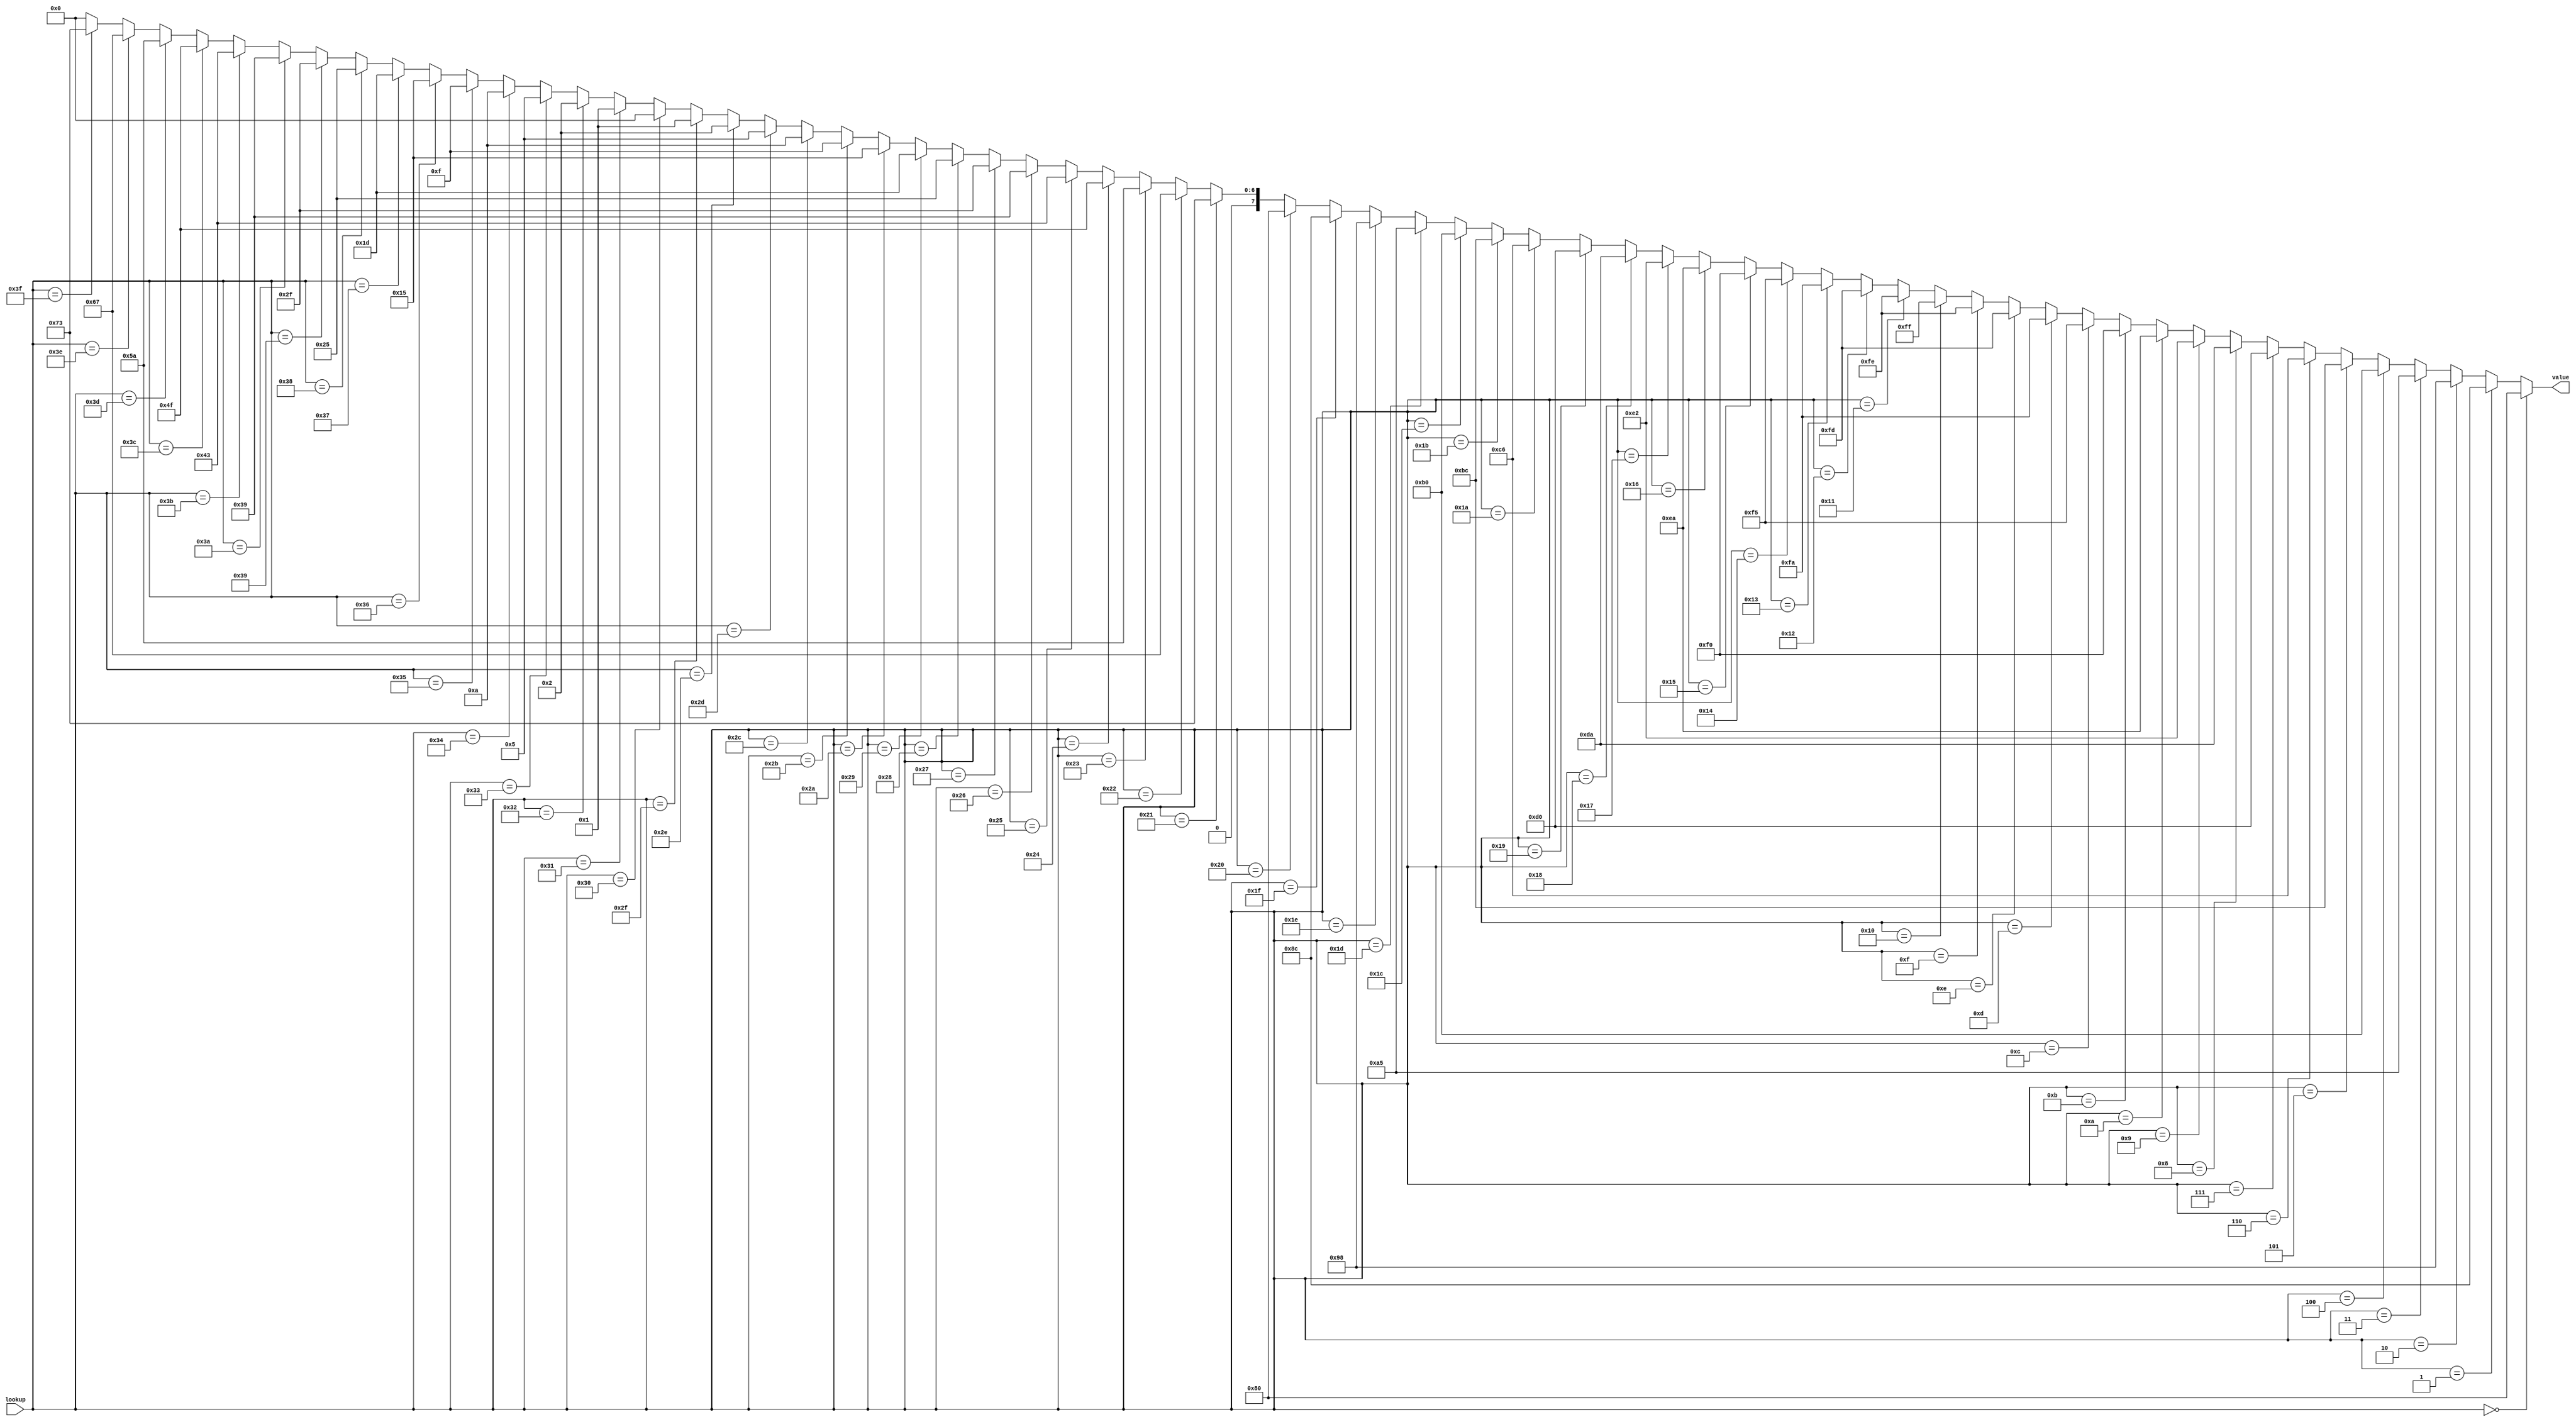
module sin_lut (input [5:0] lookup, output [7:0] value);
	assign value = (lookup == 6'd0)  ? 128 :
						(lookup == 6'd1)  ? 140 :
						(lookup == 6'd2)  ? 152 :
						(lookup == 6'd3)  ? 165 :
						(lookup == 6'd4)  ? 176 :
						(lookup == 6'd5)  ? 188 :
						(lookup == 6'd6)  ? 198 :
						(lookup == 6'd7)  ? 208 :
						(lookup == 6'd8)  ? 218 :
						(lookup == 6'd9)  ? 226 :
						(lookup == 6'd10) ? 234 :
						(lookup == 6'd11) ? 240 :
						(lookup == 6'd12) ? 245 :
						(lookup == 6'd13) ? 250 :
						(lookup == 6'd14) ? 253 :
						(lookup == 6'd15) ? 254 :
						(lookup == 6'd16) ? 255 :
						(lookup == 6'd17) ? 254 :
						(lookup == 6'd18) ? 253 :
						(lookup == 6'd19) ? 250 :
						(lookup == 6'd20) ? 245 :
						(lookup == 6'd21) ? 240 :
						(lookup == 6'd22) ? 234 :
						(lookup == 6'd23) ? 226 :
						(lookup == 6'd24) ? 218 :
						(lookup == 6'd25) ? 208 :
						(lookup == 6'd26) ? 198 :
						(lookup == 6'd27) ? 188 :
						(lookup == 6'd28) ? 176 : 
						(lookup == 6'd29) ? 165 : 
						(lookup == 6'd30) ? 152 :
						(lookup == 6'd31) ? 140 :
						(lookup == 6'd32) ? 128 :
						(lookup == 6'd33) ? 115 :
						(lookup == 6'd34) ? 103 :
						(lookup == 6'd35) ? 90  :
						(lookup == 6'd36) ? 79  :
						(lookup == 6'd37) ? 67  :
						(lookup == 6'd38) ? 57  : 
						(lookup == 6'd39) ? 47  :
						(lookup == 6'd40) ? 37  :
						(lookup == 6'd41) ? 29  :
						(lookup == 6'd42) ? 21  :
						(lookup == 6'd43) ? 15  :
						(lookup == 6'd44) ? 10  :
						(lookup == 6'd45) ? 5   :
						(lookup == 6'd46) ? 2   :
						(lookup == 6'd47) ? 1   :
						(lookup == 6'd48) ? 0   :
						(lookup == 6'd49) ? 1   :
						(lookup == 6'd50) ? 2   : 
						(lookup == 6'd51) ? 5   :
						(lookup == 6'd52) ? 10  :
						(lookup == 6'd53) ? 15  :
						(lookup == 6'd54) ? 21  :
						(lookup == 6'd55) ? 29  :
						(lookup == 6'd56) ? 37  :
						(lookup == 6'd57) ? 47  :
						(lookup == 6'd58) ? 57  :
						(lookup == 6'd59) ? 67  :
						(lookup == 6'd60) ? 79  : 
						(lookup == 6'd61) ? 90  : 
						(lookup == 6'd62) ? 103 :
						(lookup == 6'd63) ? 115 :
						 0  ;
endmodule